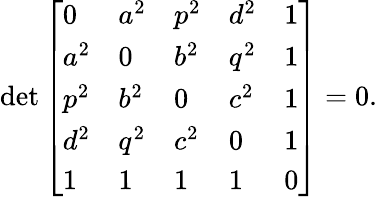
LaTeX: \operatorname*{d\mathrm{e}t}{\left[\begin{array}{lllll}{0}&{a^{2}}&{p^{2}}&{d^{2}}&{1}\\ {a^{2}}&{0}&{b^{2}}&{q^{2}}&{1}\\ {p^{2}}&{b^{2}}&{0}&{c^{2}}&{1}\\ {d^{2}}&{q^{2}}&{c^{2}}&{0}&{1}\\ {1}&{1}&{1}&{1}&{0}\end{array}\right]}=0.